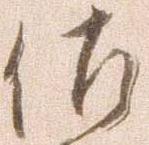
佐